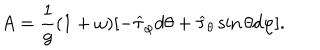
A = \frac { 1 } { g } ( 1 + \omega ) [ - \widehat \tau _ { \varphi } d \theta + \widehat \tau _ { \theta } \sin \theta d \varphi ] .